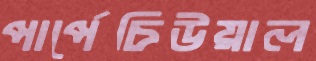
পার্পেচিউয়াল